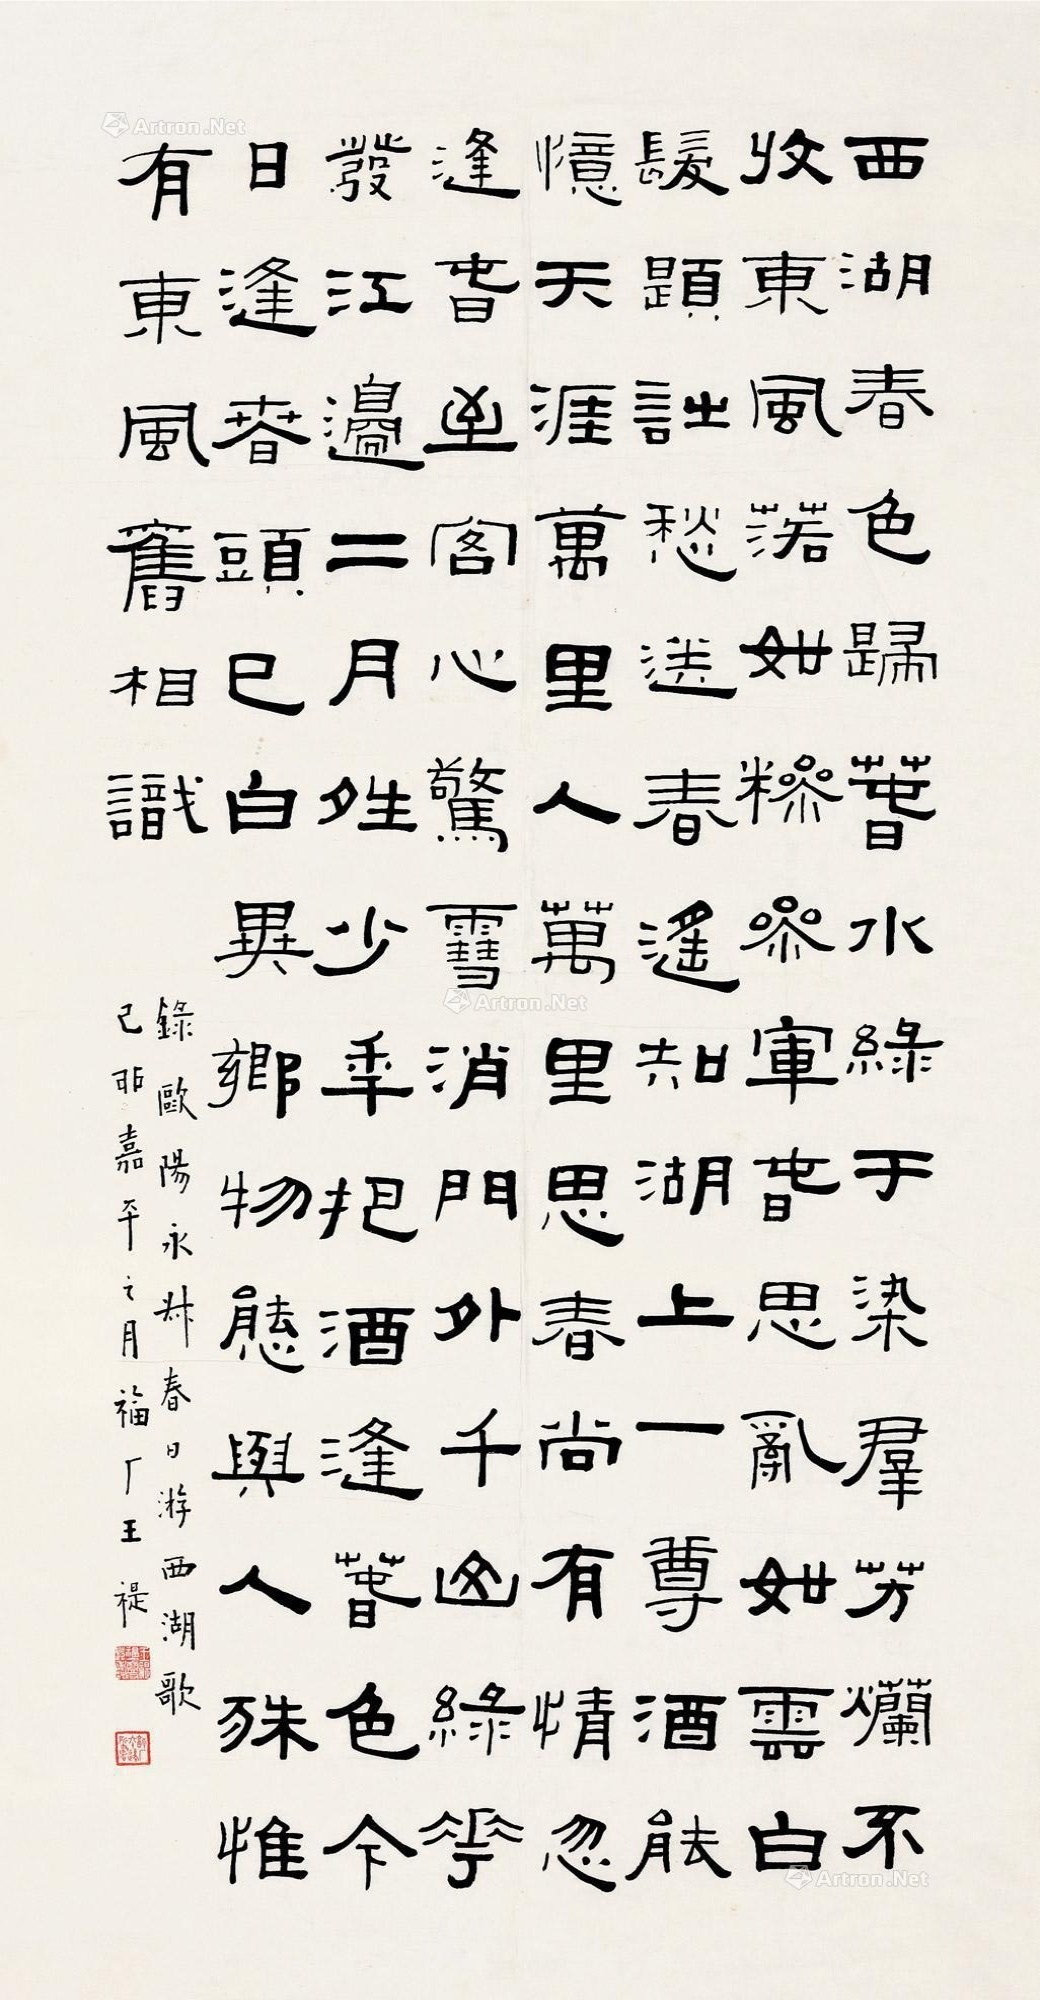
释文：西湖春色归，春水绿于染。群芳烂不收，东风落如糁。参军春思乱如云，白发题诗愁送春。遥知湖上一樽酒，能忆天涯万里人。万里思春尚有情，忽逢春至客心惊。雪消门外千山绿，花发江边二月晴。少年把酒逢春色，今日逢春头已白。异乡物态与人殊，惟有东风旧相识。录欧阳永叔《春日游西湖歌》，己卯嘉平之月，福厂王禔。